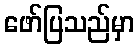
ဖော်ပြသည်မှာ